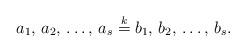
LaTeX: \begin{align*}a_1,\,a_2,\,\ldots,\,a_s \stackrel{k}{=} b_1,\,b_2,\,\ldots,\,b_s.\end{align*}